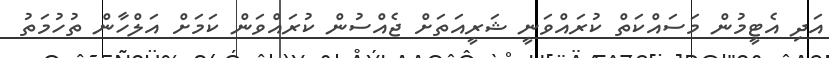
އަދި އެޓީމުން މަސައްކަތް ކުރައްވަނީ ޝަރީއަތަށް ޖެއްސުން ކުރައްވަން ކަމަށް އަލްހާން ތުހުމަތު